Calcutta medical institutions reports 1892-1900
Year: 1892
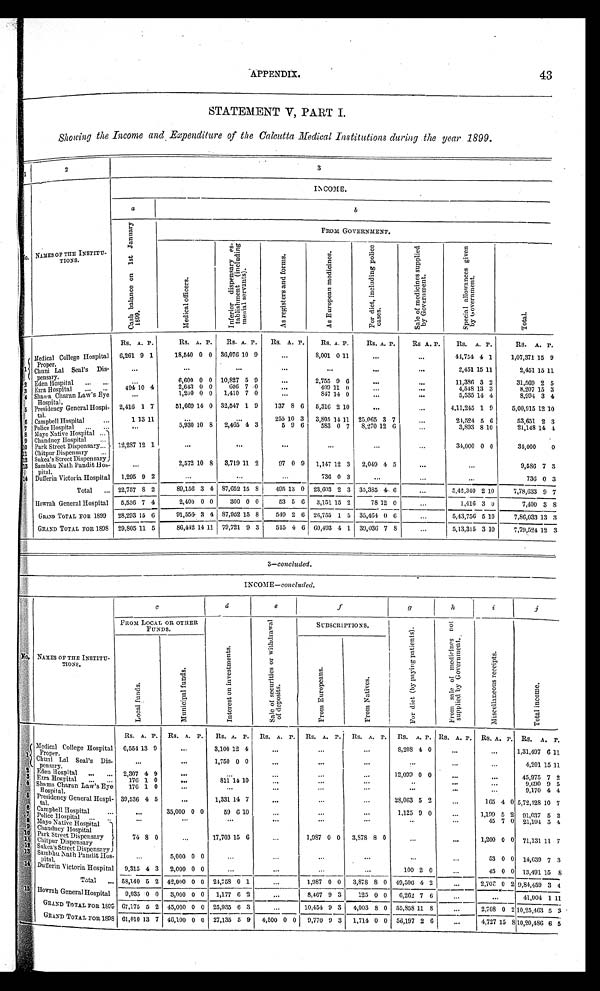
APPENDIX.
43
STATEMENT V, PART I.
Showing the Income and Expenditure of the Calcutta Medical Institutions during the year 1899.
1
2
3
N o .
N A M E S O F T H E I N S T I T U - T I O N S .
INCOME.
a
b
C a s h b a l a n c e o n 1 s t J a n u a r y 1 8 9 9 .
FROM GOVERNMENT.
Medi cal offi cers.
I n f e r i o r d i s p e n s a r y e s - t a b l i s h m e n t ( i n c l u d i n g m e n i a l s e r v a n t s ) .
A s r e g i s t e r s a n d f o r m s .
A s E u r o p e a n m e d i c i n e s .
F o r d i e t , i n c l u d i n g p o l i c e c a s e s .
S a l e o f m e d i c i n e s s u p p l i e d b y G o v e r n m e n t . S p e c i a l a l l o w a m c e s g i v e n b y G o v e r n m e n t .
T o t a l .
Rs. A. P.
Rs. A. P. Rs. A. P. Rs. A. P.
Rs. A. P.
Rs. A. P.
R s .
A. P.
Rs. A. P.
Rs. A. P.
Medical College Hospital Proper. 6,261 9 1
18,540 0 0 36,076 10 9
...
8,001 0 11
...
...
44,754 4 1
1,07,371 15 9
1 Ch u n i L a l S e a l ' s Di s - p e n s a r y .
. . .
. . .
. . .
...
...
...
. . .
2,451 15 11
2,451 15 11
2 Eden Hospi t al
6,600 0 0 10,827 5 9
...
2,755 9 6
...
...
11,386 3 2
31,569 2 5
3 Ezra Hospital
494 10 4
2,643 0 0
6 0 6 7 0
...
499 11 0
...
4,548 13 3
8,207 15 3
4 Shara Charan Law' s Eye Hospital.
...
1,200 0 0 1,410 7 0
. . .
847 14 0
...
. . .
5,535 14 4
8,994 3 4
5 Pr es i dency Gener al Hos pi - t al
2,416 1 7
51,669 14 0 32,547 1 9
137 8 6 5,316 2 10
..
...
4,11,245 1 9
5,00,915 12 10
6 C a m p b e l l H o s p i t a l
1 1 3 1 1
. . .
. . .
255 10 3 3,805 14 11 25,065 3 7
. . .
24,524 5 6
53,651 2 3
7 Police Hospital
. . .
5,930 10 8 2,465 4 3
5
9 6
583 0 7
8 , 2 7 0 1 2 6
. . .
3,893 8 10
21,148 1 4 4
8 Mayo Native Hospital
12,287 1 2 1
. . .
8
. . .
. . . . . .
. . .
34,000 0 0
3 4 , 0 0 0
0
9
C h a n d n e y H o s p i t a l
1 0 Park Street Dispensary
1 1 Chitpur Dispensary
1 2 Sukea's Street Dispensary
13 Sambhu Nath Pandit Hos-pital.
. . .
2 , 5 7 2
1 0 8
3 , 7 1 9 1 1 2
9 7
0 9
1 , 1 4 7 1 2 3
2 , 0 4 9 4 5
. . .
...
9 , 5 8 6 7 3
1 4 Dufferin Victoria Hospital 1,295 9 2
. . .
. . .
. . . 7 3 6 0 3
. . .
. . .
...
736 0 3
Total
22,757 8 2
8 9 , 1 5 6 3 4
87, 652 15 8
4 9 5 13 0 23,603 2 3 35,385 4 6
...
5,42,340 2 1 0
7,78,633 9 7
Howrah General Hospital 5,536 7 4
2,400 0 0
300 0 0
53 5 6
3 , 1 5 1 15 2
7 8 1 2 0 . . .
1,416 3 0
7,400 3 8
GRAND TOTAL FOR 1899 28,293 15 6
91,556 3 4 87,952 15 8
549 2 6 26,755 1 5 35,464 0 6 ...
5,43,756 5 1 0
7,86,033 1 3 3
GRAND TOTAL FOR 1898 29,805 11 5
86,442 14 11 79,721 9 3 515 4 6 60,493 4 1 39,036 7 8 ...
5,13,315 3 1 0
7,79,524 1 2
3
3—concluded.
INCOME—concluded.
No. NAMES OF THE INSTITU-
TIONS.
c
d
e
f
g
h
i
j
FROM LOCAL OR OTHER
FUNDS.
I n t e r e s t o n i n v e s t m e n t s .
S a l e o f s e c u r i t i e s o r w i t h d r a w a l o f d e p o s i t s .
SUBSCRIPTIONS.
F o r d i e t ( b y p a y i n g p a t i e n t s ) .
F r o m s a l e o f m e d i c i n e s n o t s u p p l i e d b y G o v e r n m e n t .
M i s c e l l a n e o u s r e c e i p t s .
T o t a l i n c o m e .
L o c a l f u n d s .
Mu n i c i p a l f u n d s .
F r o m E u r o p e a n s .
F r o m N a t i v e s .
Rs. A. P. Rs. A. P. Rs. A. P. Rs. A. P. Rs. A. P. Rs. A. P. Rs. A. P. Rs. A. P. Rs. A. P. Rs. A. P.
1 Medical College Hospital 6,554 13 9
...
3,100 12 4
...
...
...
8,208 4 0
...
...
1,31,497 6 11
Chuni Lal Seal's Dis-
pensary.
...
...
1,750 0 0
...
...
...
...
...
...
4,201 15 11
2 Eden Hospital
2,307 4 9
...
...
...
...
...
12,099 0 0
...
...
45,975 7 2
333 Ezra Hospital
176 1 0
...
811 14 10
...
...
...
...
...
...
9,690 9 5
4 Shama Charan Law's Eye
Hospital
176 1 0
...
...
...
...
...
...
...
9,170 4 4
5 Presidency General Hospi-
tal.
39,536 4 5
...
1,331 14 7
...
...
...
28,063 5 2
...
165 4 0 5,72,128 10 7
6 Campbell Hospital
...
35,000 0 0
59 6 10 ...
...
...
1,125 9 0 ...
1,199 5 2 91,037 5 2
7
Police Hospital
... ...
...
...
...
...
...
... 45 7 0 21,194 5 4
r8 Mayo Native Hospital
74
8 0
...
17,703 15 6
...
1,987 0 0 3,878 8 0
...
...
1,200 0 0 71,131 11 7
9
Chandney Hospital
10 Park Street Dispensary
11 Chitpur Dispensary
12 Sukea's Street Dispensary
13 Sambhu Nath Pandit Hos-pital. ...
5,000 0 0
... ...
...
...
....
...
53 0 0 14,639 7 3
14 Dufferin Victoria Hospital 9,315 4 3 2,000 0 0
...
... ...
...
100 2 0
... 45 0 0 13,491 15 8
Total
58,140 5 2 42,000 0 0 24,758 0 1
...
1,987 0 0
3, 878 8 0 49,596 4 2
...
2,702 0 2 9,84,459 3 4
15 Howrah General Hospital 9,035 0 0 3,000 0 0 1,177 6 2
...
8,467 9 3 125 0 0 0 6,262 7 6...
...
41,004 1 11
GRAND TOTAL FOR 1899 67,175 5 2 45,000 0 0 25,935 6 3
...
10, 454 9 3
4,003 8 0 55,858 11 8
...
2,708 0 2 10,25,463 5
3
GRAND TOTAL FOR 1898 61,010 13 7 46,100 0 0 27,135 5 9 4,500 0 0 9,770 9 3
1, 714 0
0 56,197 2 6
...
4,727 15 8 10,20,486 6 5